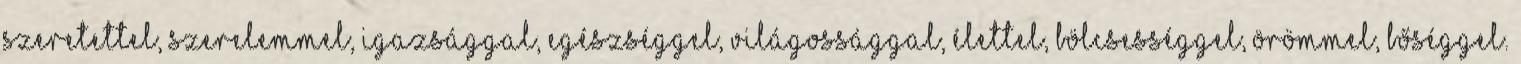
szeretettel, szerelemmel, igazsággal, egészséggel, világossággal, élettel, bölcsességgel, örömmel, bőséggel.